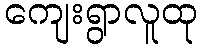
ကျေးရွာလူထု